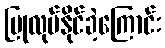
ပြုလုပ်နိုင်ခဲ့ကြောင်း